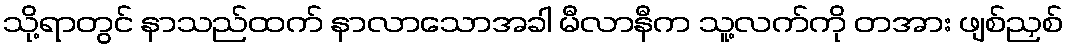
သို့ရာတွင် နာသည်ထက် နာလာသောအခါ မီလာနီက သူ့လက်ကို တအား ဖျစ်ညှစ်